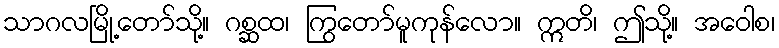
သာဂလမြို့တော်သို့။ ဂစ္ဆထ၊ ကြွတော်မူကုန်လော။ ဣတိ၊ ဤသို့။ အဝေါစ၊